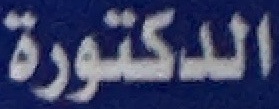
الدكتورة